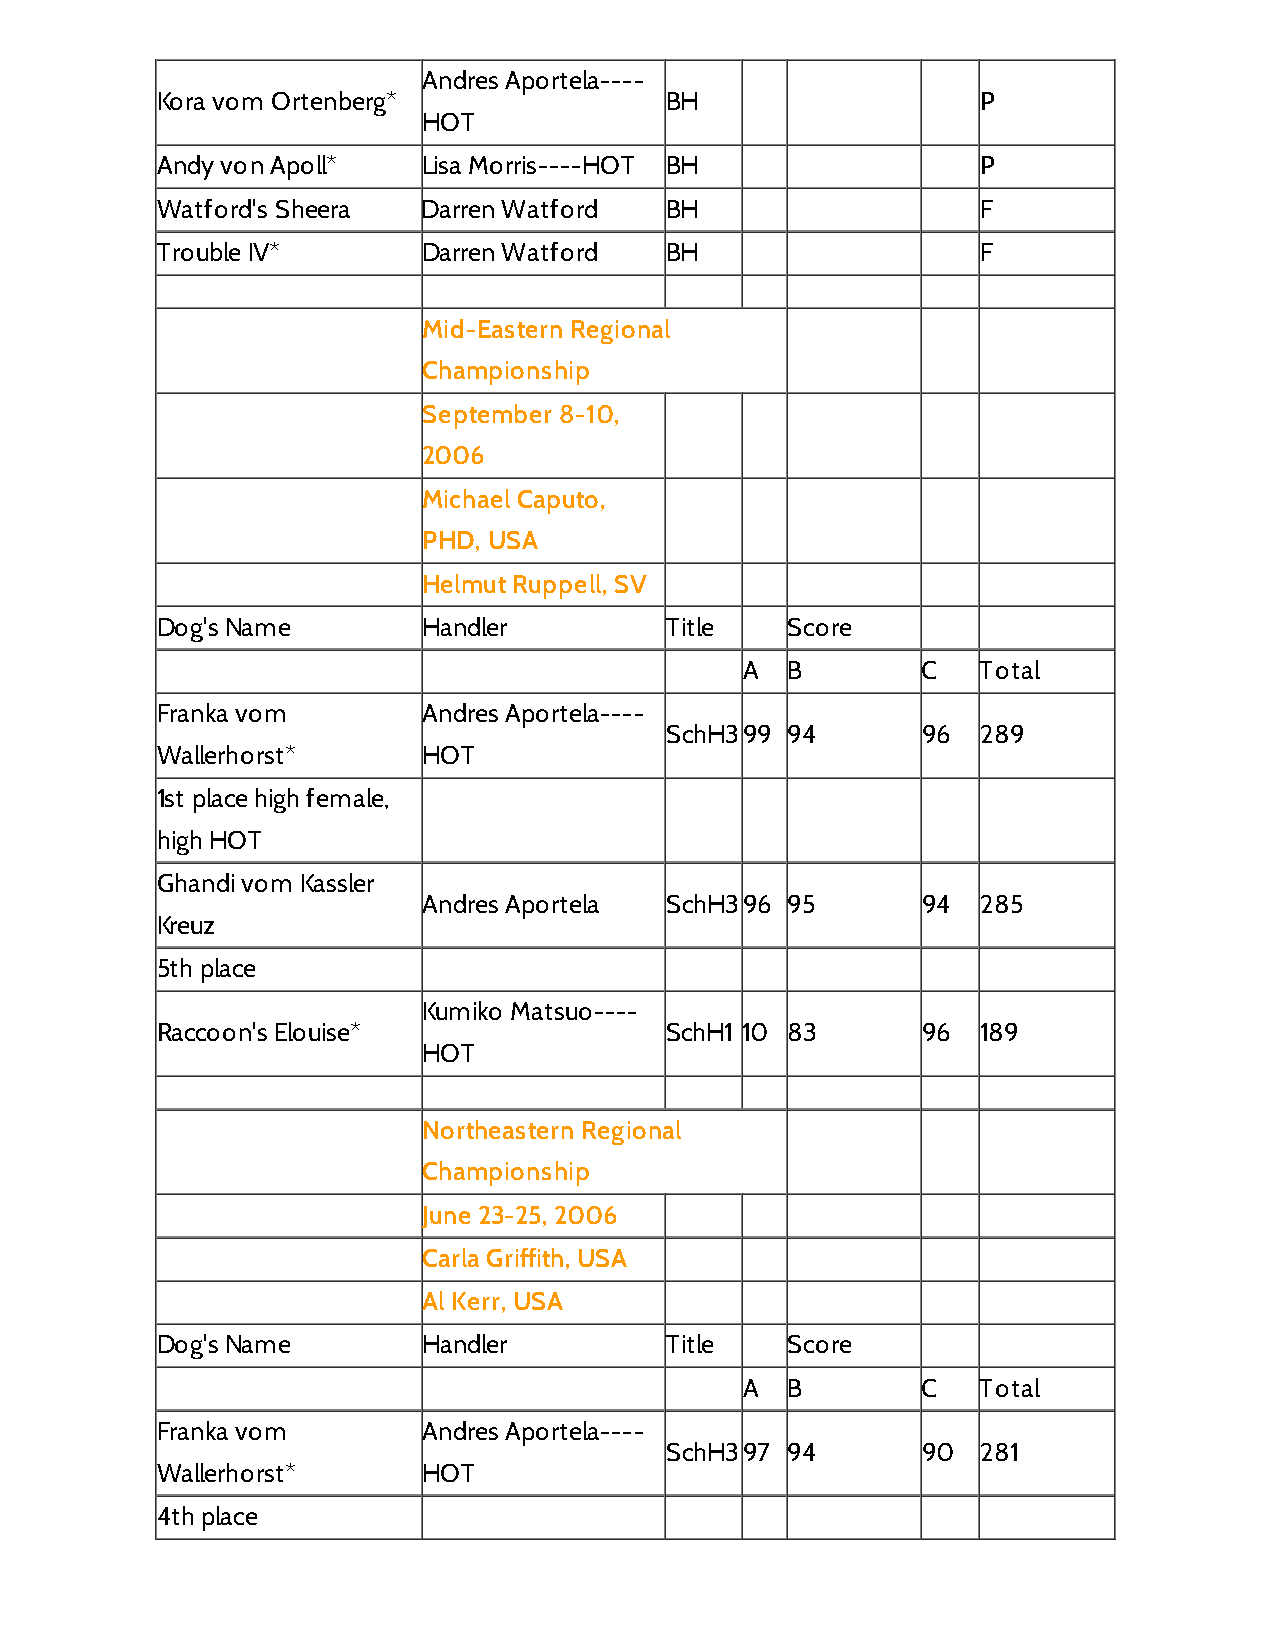
Andres Aportela----
 Kora vom Ortenberg*               BH                   P
 HOT
 Andy von Apoll*   Lisa Morris----HOT BH                P
 Watford's Sheera  Darren Watford  BH                   F
 Trouble IV*       Darren Watford  BH                   F
 Mid-Eastern Regional
 Championship
 September 8-10,
 2006
 Michael Caputo,
 PHD, USA
 Helmut Ruppell, SV
 Dog's Name        Handler         Title   Score
 A  B        C   Total
 Franka vom        Andres Aportela----
 SchH399 94       96  289
 Wallerhorst*      HOT
 1st place high female,
 high HOT
 Ghandi vom Kassler
 Andres Aportela SchH396 95       94  285
 Kreuz
 5th place
 Kumiko Matsuo----
 Raccoon's Elouise*                SchH1 10 83      96  189
 HOT
 Northeastern Regional
 Championship
 June 23-25, 2006
 Carla Griffith, USA
 Al Kerr, USA
 Dog's Name        Handler         Title   Score
 A  B        C   Total
 Franka vom        Andres Aportela----
 SchH397 94       90  281
 Wallerhorst*      HOT
 4th place